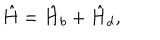
LaTeX: \hat { H } = \hat { H } _ { b } + \hat { H } _ { d } ,